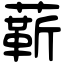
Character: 龩